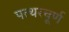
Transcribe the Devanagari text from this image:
पत्थरचूर्ण